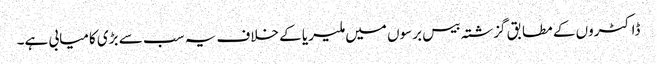
ڈاکٹروں کے مطابق گزشتہ بیس برسوں میں ملیریا کے خلاف یہ سب سے بڑی کامیابی ہے۔